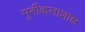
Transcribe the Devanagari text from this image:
मूर्तीकलाशास्त्र